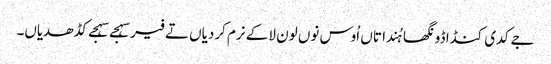
جے کدی کنڈا ڈونگھا ہُندا تاں اُوس نوں لون لا کے نرم کردیاں تے فیر سہجے سہجے کڈھدیاں۔